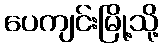
ပေကျင်းမြို့သို့